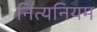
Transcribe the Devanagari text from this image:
नित्यनियम